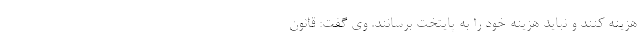
هزینه کنند و نباید هزینه خود را به پایتخت برسانند. وی گفت: قانون